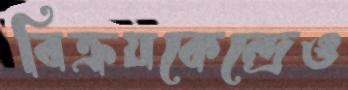
বিক্রয়কেন্দ্রেও